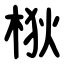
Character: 梑